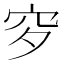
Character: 穸